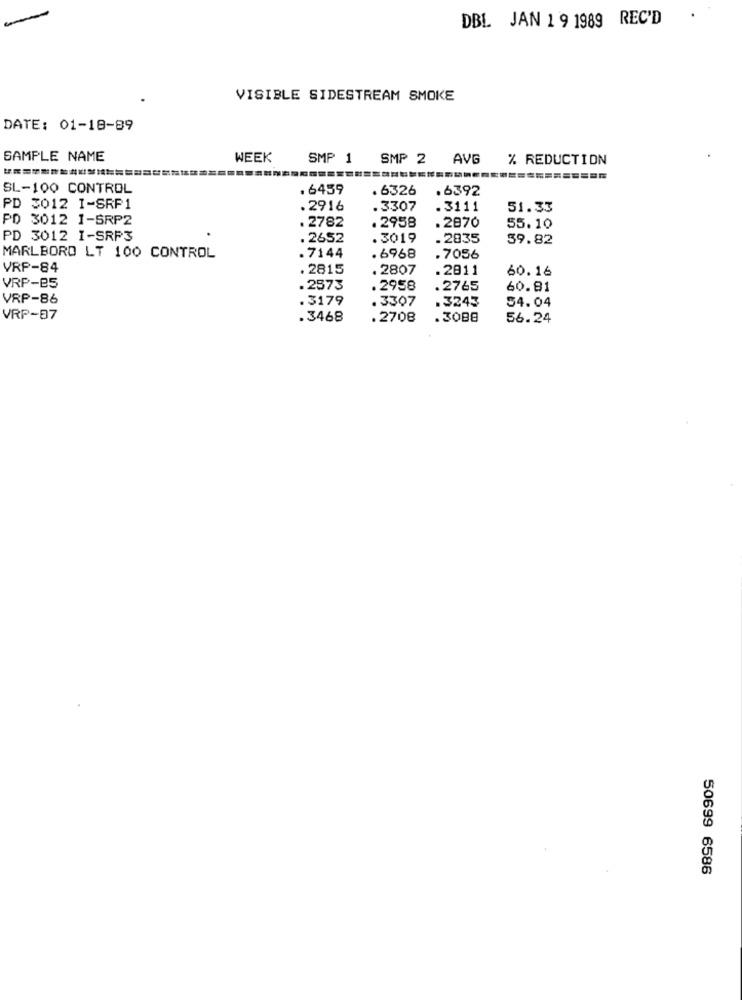
DBL JAN 1 9 1989 REC'D
.
VISIBLE SIDESTREAM SMOKE
DATE: 01-18-89
SAMPLE NAME
WEEK
SMP 1 SMP 2
AVG
% REDUCTION
SL-100 CONTROL
.6459
. 6326
.6392
PD 3012 I-SRP1
.2916
.3307
. 3111
51.33
PD 3012 1-SRP2
. 2782
. 2958
.2870
55.10
PD 3012 I-SRP3
. 2652
.3019
.2835
39.82
MARLBORO LT 100 CONTROL
.7144
.6968
.7056
VRP-84
. 2815
. 2807
.2811
60.16
VRP-85
.2573
.2958
.2765
60.81
VRP-86
.3179
. 3307
.3245
54.04
VRP-87
.3468
.2708
.3088
56.24
50699 6586